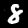
Digit: 8